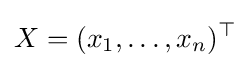
X=(x_{1},\ldots ,x_{n})^{\top }